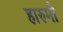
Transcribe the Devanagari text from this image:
हारुमी